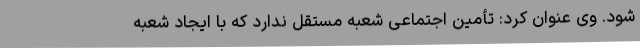
شود. وی عنوان کرد: تأمین اجتماعی شعبه مستقل ندارد که با ایجاد شعبه